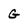
Character: G